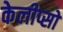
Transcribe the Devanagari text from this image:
केलीप्सो